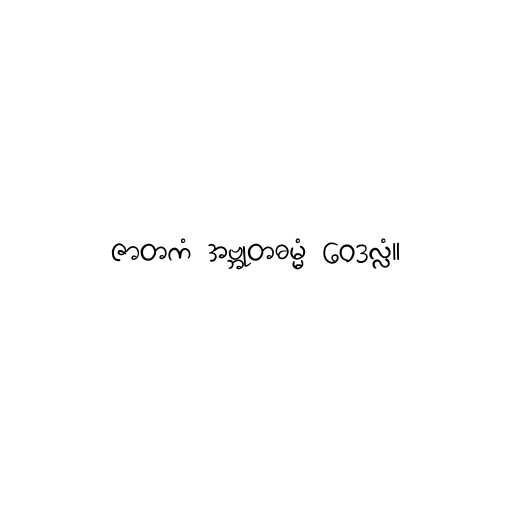
ဇာတကံ အဗ္ဘုတဓမ္မံ ဝေဒလ္လံ။